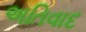
અતિવાદ